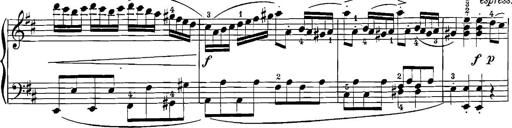
Title: 12 Sonatinas
Composer: Ignaz Pleyel